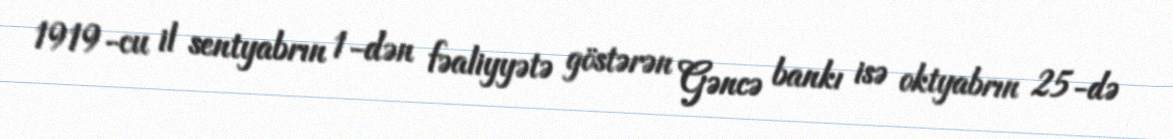
1919-cu il sentyabrın 1-dən fəaliyyətə göstərən Gəncə bankı isə oktyabrın 25-də